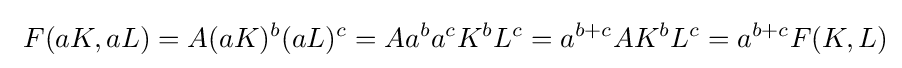
\ F(aK,aL)=A(aK)^{b}(aL)^{c}=Aa^{b}a^{c}K^{b}L^{c}=a^{b+c}AK^{b}L^{c}=a^{b+c}F(K,L)